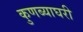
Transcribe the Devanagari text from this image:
कुणब्याघरी